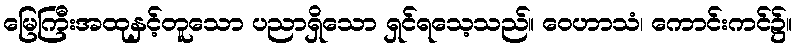
မြေကြီးအထုနှင့်တူသော ပညာရှိသော ရှင်ရသေ့သည်။ ဝေဟာသံ၊ ကောင်းကင်၌။